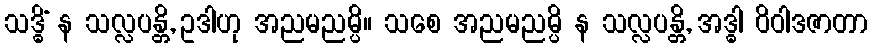
သဒ္ဓိံ န သလ္လပန္တိ, ဥဒါဟု အညမညမ္ပိ။ သစေ အညမညမ္ပိ န သလ္လပန္တိ, အဒ္ဓါ ဝိဝါဒဇာတာ